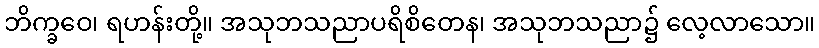
ဘိက္ခဝေ၊ ရဟန်းတို့။ အသုဘသညာပရိစိတေန၊ အသုဘသညာ၌ လေ့လာသော။